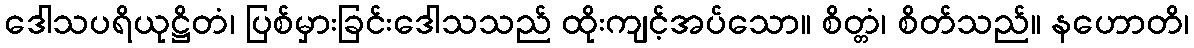
ဒေါသပရိယုဋ္ဌိတံ၊ ပြစ်မှားခြင်းဒေါသသည် ထိုးကျင့်အပ်သော။ စိတ္တံ၊ စိတ်သည်။ နဟောတိ၊